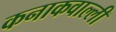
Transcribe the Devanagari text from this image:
कनाकवाल्ली